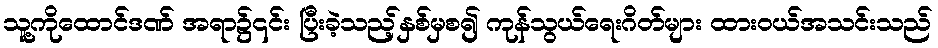
သူ့ကိုထောင်ဒဏ် အရာ၌၎င်း ပြီးခဲ့သည့်နှစ်မှစ၍ ကုန်သွယ်ရေးဂိတ်များ ထားဝယ်အသင်းသည်